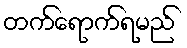
တက်ရောက်ရမည်